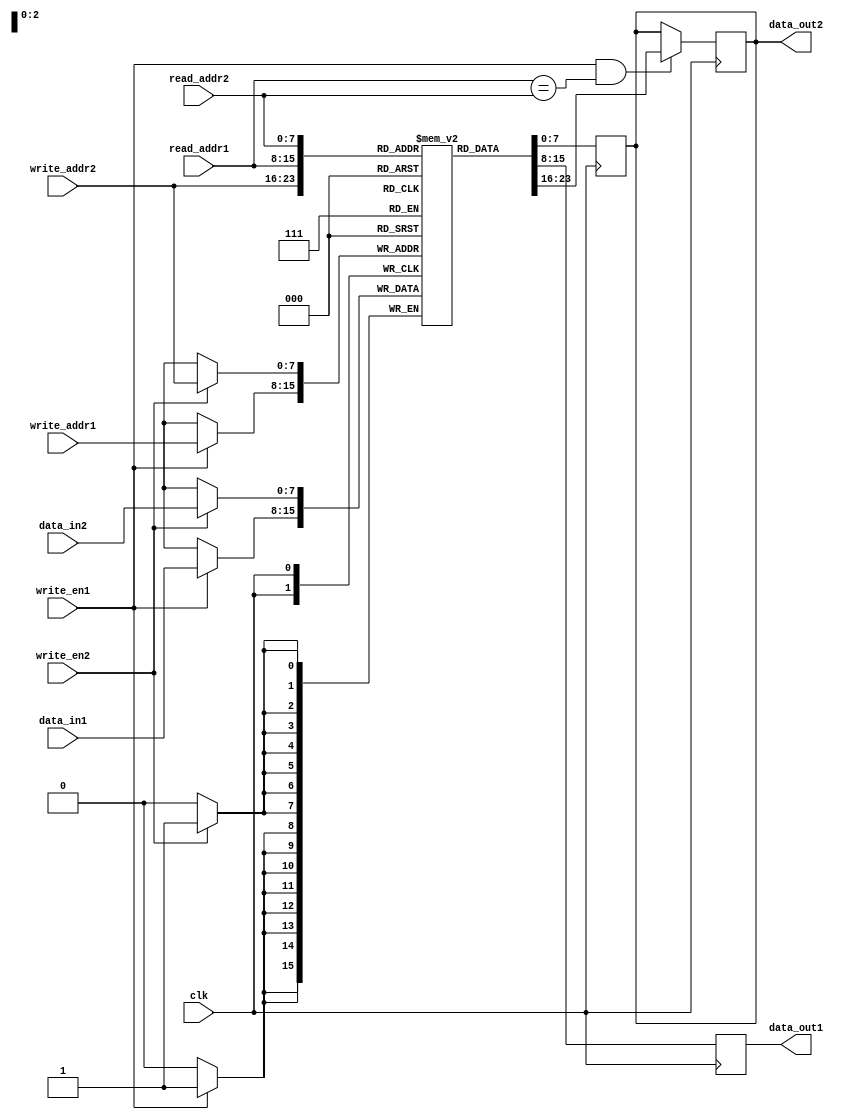
module dual_port_ram (
    input wire clk,
    input wire [7:0] read_addr1, // Read address for port 1
    input wire [7:0] write_addr1, // Write address for port 1
    input wire [7:0] read_addr2, // Read address for port 2
    input wire [7:0] write_addr2, // Write address for port 2
    input wire [7:0] data_in1, // Data input for port 1
    input wire [7:0] data_in2, // Data input for port 2
    input wire write_en1, // Write enable for port 1
    input wire write_en2, // Write enable for port 2
    output reg [7:0] data_out1, // Data output for port 1
    output reg [7:0] data_out2 // Data output for port 2
);

reg [7:0] ram [0:255]; // Dual-port RAM with 256 memory locations
reg [7:0] read_addr_reg; // Read address register for read-before-write operations

// Read-before-write logic
always @(posedge clk) begin
    if (write_en1 && read_addr1 == read_addr2) begin
        data_out2 <= ram[write_addr2];
    end
end

// Read and write operations for port 1
always @(posedge clk) begin
    if (write_en1) begin
        ram[write_addr1] <= data_in1;
    end
    data_out1 <= ram[read_addr1];
end

// Read and write operations for port 2
always @(posedge clk) begin
    if (write_en2) begin
        ram[write_addr2] <= data_in2;
        read_addr_reg <= write_addr2;
    end
    data_out2 <= ram[read_addr2];
end

endmodule